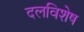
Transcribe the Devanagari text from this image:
दलविशेष